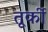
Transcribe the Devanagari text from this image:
तूर्की